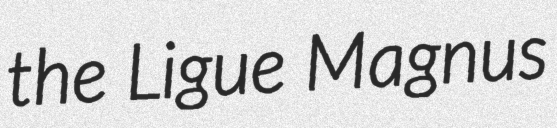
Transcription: the Ligue Magnus